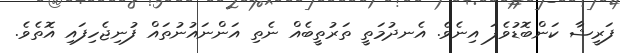
ފަރީޝާ ކަންބޮޑުވެފަ އިނެވެ. އެނދުމަތީ ތަރުތީބެއް ނެތި އަންނައުނުތައް ފުނިޖެހިފައި އޮތެވެ.